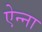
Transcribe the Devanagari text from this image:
ऐन्ना